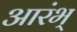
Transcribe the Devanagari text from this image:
आरंभ्